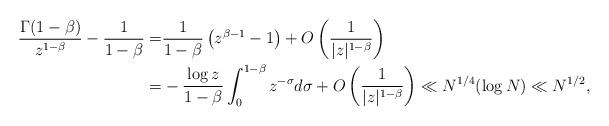
LaTeX: \begin{align*}\frac{\Gamma(1-\beta)}{z^{1-\beta}}-\frac{1}{1-\beta}=&\frac{1}{1-\beta}\left(z^{\beta-1}-1\right)+O\left(\frac{1}{|z|^{1-\beta}}\right)\\=&-\frac{\log z}{1-\beta}\int_0^{1-\beta}z^{-\sigma}d\sigma+O\left(\frac{1}{|z|^{1-\beta}}\right)\ll N^{1/4}(\log N)\ll N^{1/2},\end{align*}